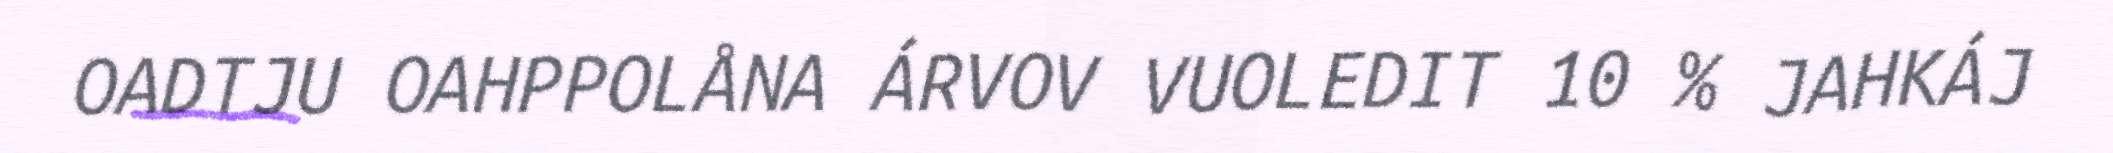
OADTJU OAHPPOLÅNA ÁRVOV VUOLEDIT 10 % JAHKÁJ